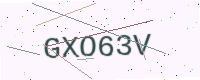
Text: GXO63V